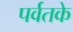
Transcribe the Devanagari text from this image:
पर्वतके